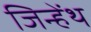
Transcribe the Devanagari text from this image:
जिन्हेंथ